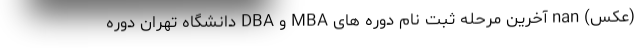
(عکس) nan آخرين مرحله ثبت نام دوره های MBA و DBA دانشگاه تهران دوره